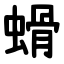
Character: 螖